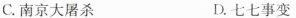
C.南京大屠杀 D.七七事变